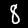
Digit: 8